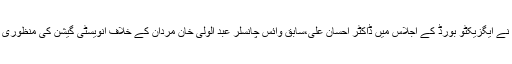
نیب نے ایگزیکٹو بورڈ کے اجلاس میں ڈاکٹر احسان علی،سابق وائس چانسلر عبد الولی خان مردان کے خلاف انویسٹی گیشن کی منظوری دی۔